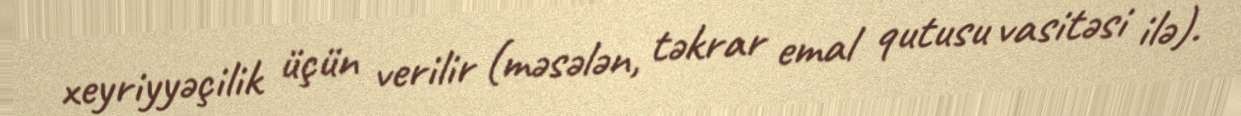
xeyriyyəçilik üçün verilir (məsələn, təkrar emal qutusu vasitəsi ilə).